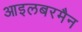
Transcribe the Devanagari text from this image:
आइलबरमैन